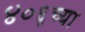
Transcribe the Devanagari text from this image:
४०६च्या